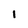
Character: 1